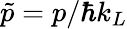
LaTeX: \tilde{p}=p/\hbar k_{L}